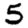
Digit: 5